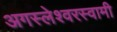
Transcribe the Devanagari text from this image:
अगस्‍लेश्‍वरस्‍वामी